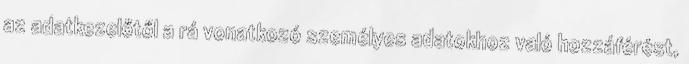
az adatkezelőtől a rá vonatkozó személyes adatokhoz való hozzáférést,